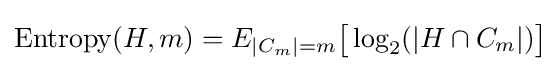
\operatorname {Entropy} (H,m)=E_{|C_{m}|=m}{\big [}\log _{2}(|H\cap C_{m}|){\big ]}